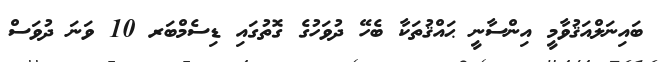
ބައިނަލްއަޤުވާމީ އިންސާނީ ޙައްޤުތަކާ ބެހޭ ދުވަހުގެ ގޮތުގައި ޑިސެމްބަރ 10 ވަނަ ދުވަސް